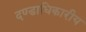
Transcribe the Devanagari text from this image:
दण्डाधिकारीय